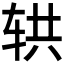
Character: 𰺄